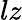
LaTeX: lz